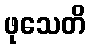
ဖုသေတိ